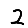
Digit: 2